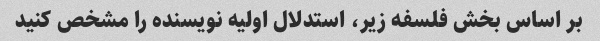
بر اساس بخش فلسفه زیر، استدلال اولیه نویسنده را مشخص کنید